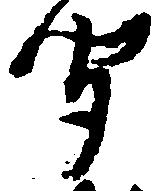
聞